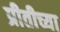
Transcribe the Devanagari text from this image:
प्रीतीच्या